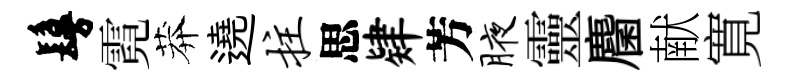
鬘霓莽遶拄思肄芳腋靈麕献寛